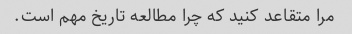
مرا متقاعد کنید که چرا مطالعه تاریخ مهم است.